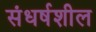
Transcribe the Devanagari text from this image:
संधर्षशील